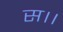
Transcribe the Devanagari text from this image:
स।।